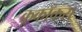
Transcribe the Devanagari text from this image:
क्रूकॉकस